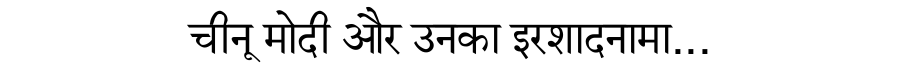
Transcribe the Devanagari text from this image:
चीनू मोदी और उनका इरशादनामा...